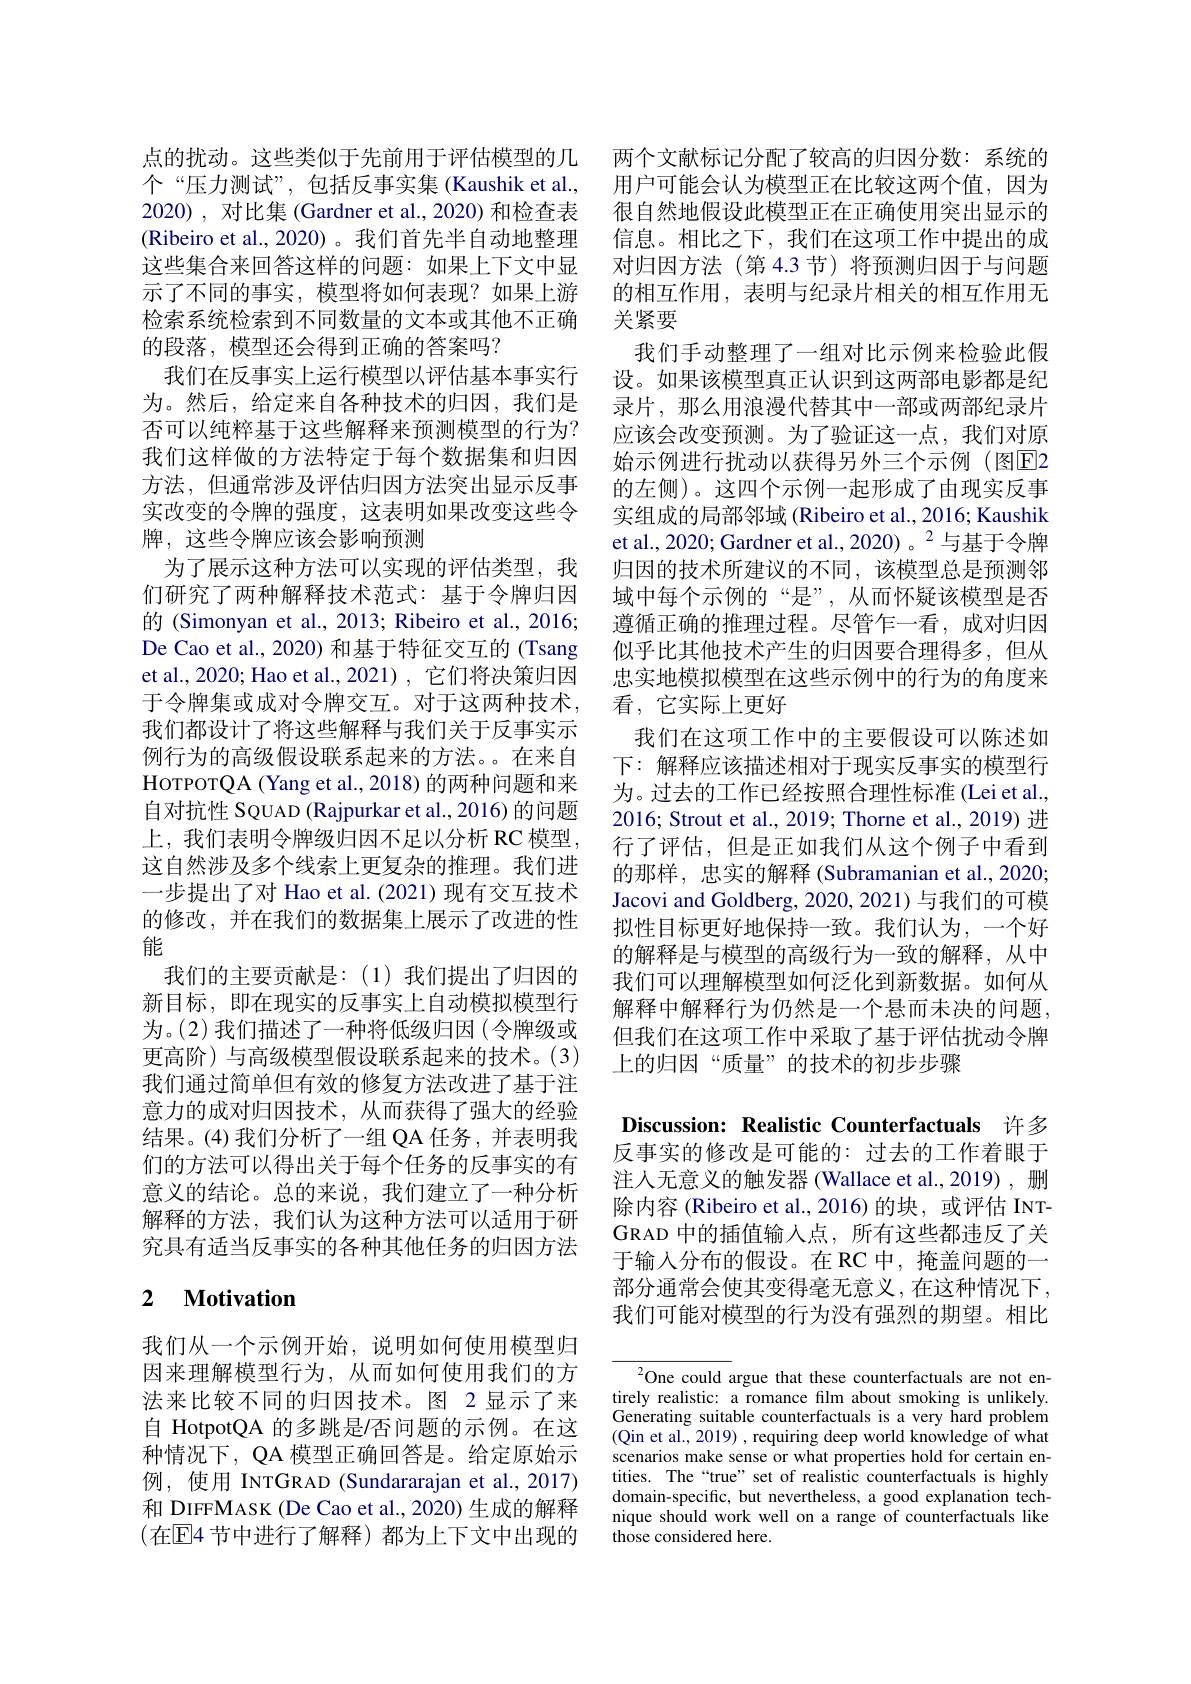
个“压力测试”,包括反事实集 (Kaushik et al., (Ribeiro et al., 2020) 。我们首先半自动地整理这些集合来回答这样的问题：如果上下文中显示了不同的事实，模型将如何表现？如果上游检索系统检索到不同数量的文本或其他不正确的段落，模型还会得到正确的答案吗？
我们在反事实上运行模型以评估基本事实行为。然后，给定来自各种技术的归因，我们是否可以纯粹基于这些解释来预测模型的行为？ 我们这样做的方法特定于每个数据集和归因方法，但通常涉及评估归因方法突出显示反事实改变的令牌的强度，这表明如果改变这些令牌，这些令牌应该会影响预测
为了展示这种方法可以实现的评估类型，我们研究了两种解释技术范式：基于令牌归因的 (Simonyan et al., 2013; Ribeiro et al., 2016; De Cao et al., 2020) 和基于特征交互的 (Tsang et al., 2020; Hao et al., 2021) , 它们将决策归因于令牌集或成对令牌交互。对于这两种技术， 我们都设计了将这些解释与我们关于反事实示例行为的高级假设联系起来的方法。在来自HoTPOTQA ( Yang et al. , 2018) 的两种问题和来自对抗性 SQUAD (Rajpurkar et al., 2016) 的问题上，我们表明令牌级归因不足以分析 RC 模型这自然涉及多个线索上更复杂的推理。我们进一步提出了对 Hao et al.(2021) 现有交互技术的修改，并在我们的数据集上展示了改进的性能
我们的主要贡献是：(1)我们提出了归因的新目标，即在现实的反事实上自动模拟模型行为。(2)我们描述了一种将低级归因(令牌级或更高阶)与高级模型假设联系起来的技术。(3) 我们通过简单但有效的修复方法改进了基于注意力的成对归因技术，从而获得了强大的经验结果。(4)我们分析了一组 QA 任务，并表明我们的方法可以得出关于每个任务的反事实的有意义的结论。总的来说，我们建立了一种分析解释的方法，我们认为这种方法可以适用于研究具有适当反事实的各种其他任务的归因方法

## 2 $\textbf{Motivation}$

我们从一个示例开始，说明如何使用模型归因来理解模型行为，从而如何使用我们的方法来比较不同的归因技术。图 2 显示了来自 HotpotQA 的多跳是/否问题的示例。在这种情况下，QA 模型正确回答是。给定原始示例，使用 INTGRAD (Sundararajan et al.,2017) 和 DIFFMASK (De Cao et al., 2020) 生成的解释$(在国4节中进行了解释)都为上下文中出现的$

点的扰动。这些类似于先前用于评估模型的几 两个文献标记分配了较高的归因分数：系统的
用户可能会认为模型正在比较这两个值，因为
2020), 对比集 (Gardner et al., 2020) 和检查表 很自然地假设此模型正在正确使用突出显示的
信息。相比之下，我们在这项工作中提出的成对归因方法(第 4.3 节)将预测归因于与问题的相互作用，表明与纪录片相关的相互作用无关紧要
我们手动整理了一组对比示例来检验此假设。如果该模型真正认识到这两部电影都是纪录片，那么用浪漫代替其中一部或两部纪录片应该会改变预测。为了验证这一点，我们对原始示例进行扰动以获得另外三个示例(图E2的左侧)。这四个示例一起形成了由现实反事实组成的局部邻域 (Ribeiro et al., 2016; Kaushik et al., 2020; Gardner et al., 2020)。$^{2}$与基于令牌归因的技术所建议的不同，该模型总是预测邻域中每个示例的“是”,从而怀疑该模型是否遵循正确的推理过程。尽管乍一看，成对归因似乎比其他技术产生的归因要合理得多，但从忠实地模拟模型在这些示例中的行为的角度来看，它实际上更好
我们在这项工作中的主要假设可以陈述如下：解释应该描述相对于现实反事实的模型行为。过去的工作已经按照合理性标准 (Lei et al., 2016; Strout et al., 2019; Thorne et al., 2019) 进行了评估，但是正如我们从这个例子中看到的那样，忠实的解释 (Subramanian et al., 2020; Jacovi and Goldberg, 2020, 2021) 与我们的可模拟性目标更好地保持一致。我们认为，一个好的解释是与模型的高级行为一致的解释，从中我们可以理解模型如何泛化到新数据。如何从解释中解释行为仍然是一个悬而未决的问题， 但我们在这项工作中采取了基于评估扰动令牌上的归因“质量”的技术的初步步骤

Discussion: Realistic Counterfactuals 许多

反事实的修改是可能的：过去的工作着眼于注入无意义的触发器 (Wallace et al.,2019) , 删除内容 (Ribeiro et al.,2016)的块，或评估 INTGRAD 中的插值输入点，所有这些都违反了关于输人分布的假设。在 RC 中，掩盖问题的一部分通常会使其变得毫无意义，在这种情况下， 我们可能对模型的行为没有强烈的期望。相比

$^{2}$One could argue that these counterfactuals are not entirely realistic: a romance film about smoking is unlikely. Generating suitable counterfactuals is a very hard problem (Qin et al., 2019) , requiring deep world knowledge of what scenarios make sense or what properties hold for certain entities. The“true”set of realistic counterfactuals is highly domain-specific, but nevertheless, a good explanation technique should work well on a range of counterfactuals like those considered here.